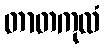
တာတကုလံ